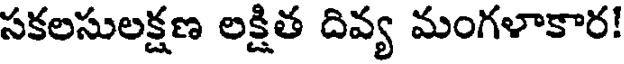
సకలసులక్షణ లక్షిత దివ్య మంగళాకార!